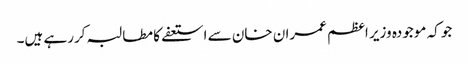
جو کہ موجودہ وزیر اعظم عمران خان سے استعفے کا مطالبہ کررہے ہیں۔